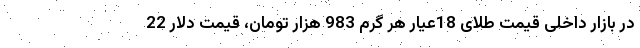
در بازار داخلی قیمت طلای 18عیار هر گرم 983 هزار تومان، قیمت دلار 22